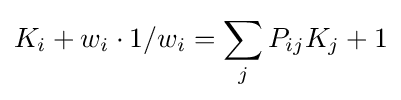
K_{i}+w_{i}\cdot 1/w_{i}=\sum _{j}P_{ij}K_{j}+1